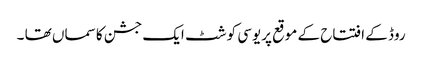
روڈ کے افتتاح کے موقع پریوسی کوشٹ ایک جشن کا سماں تھا ۔